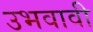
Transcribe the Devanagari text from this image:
उभवावी